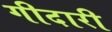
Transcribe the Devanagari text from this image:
गीदारी